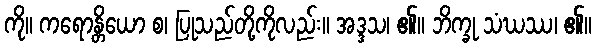
ကို။ ကရောန္တိယော စ၊ ပြုသည်တို့ကိုလည်း။ အဒ္ဒသ၊ ၏။ ဘိက္ခု သံဃဿ၊ ၏။